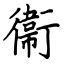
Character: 衞